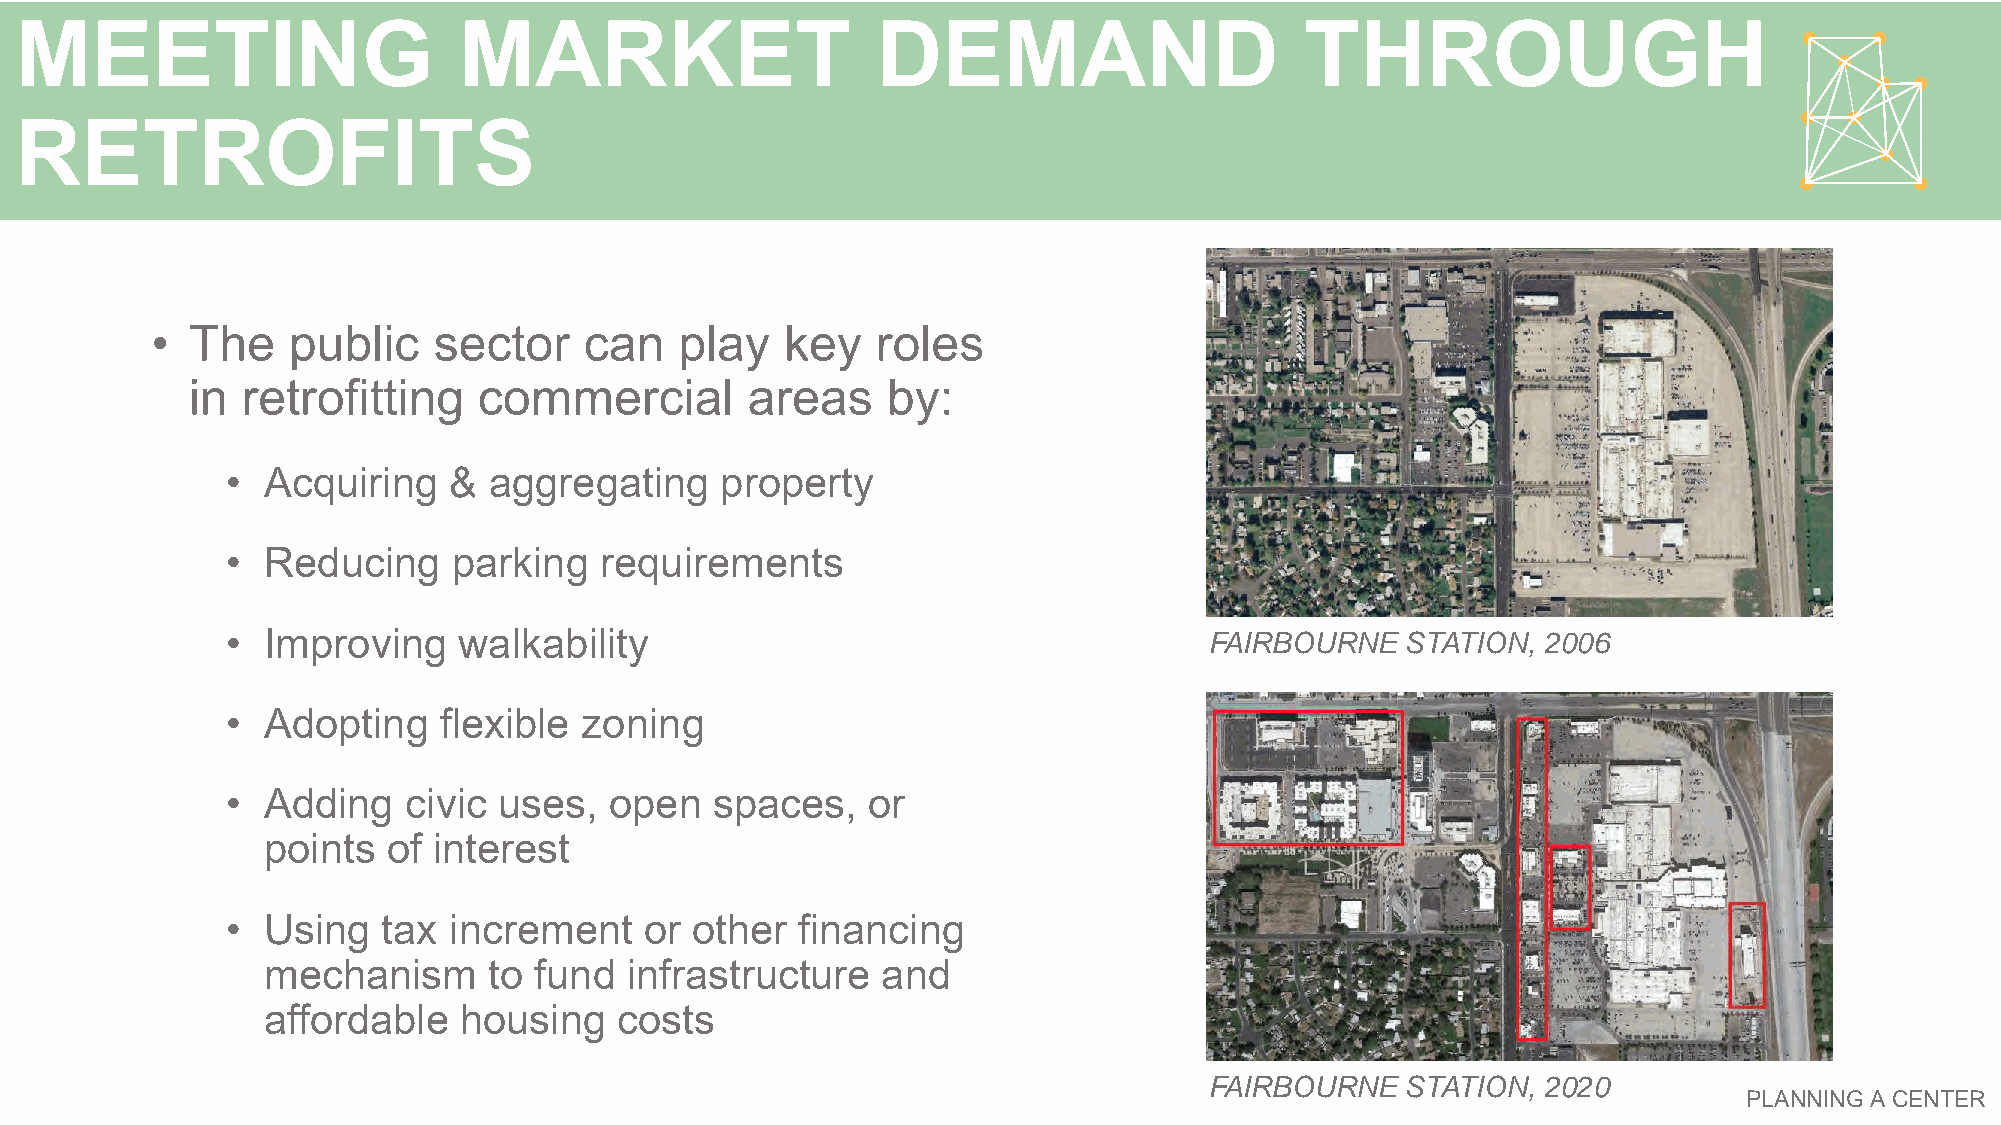
MEETING                      MARKET                      DEMAND                      THROUGH
 RETROFITS
 • The    public    sector    can   play   key   roles
 in  retrofitting    commercial       areas     by:
 • Acquiring    & aggregating     property
 • Reducing     parking   requirements
 • Improving    walkability                                       FAIRBOURNE   STATION, 2006
 • Adopting    flexible zoning
 • Adding    civic uses,  open   spaces,   or
 points   of interest
 • Using   tax  increment    or other  financing
 mechanism      to fund  infrastructure   and
 affordable   housing    costs
 FAIRBOURNE   STATION, 2020
 PLANNING A CENTER